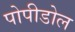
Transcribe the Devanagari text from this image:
पोपीडोल